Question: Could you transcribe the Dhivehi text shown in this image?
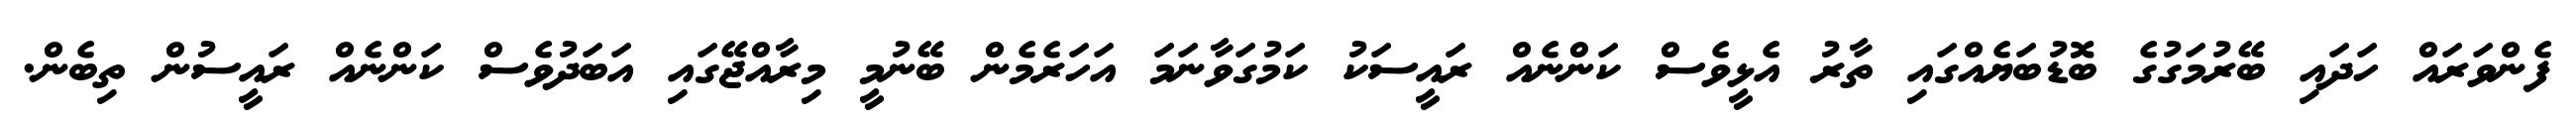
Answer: ފެންވަރައް ހަދައި ބޭރުމަގުގެ ބޮޑުބަޔެއްގައި ތާރު އެޅީވެސް ކަންނެއް ރައީސަކު ކަމުގަވާނަމަ އަހަރެމެން ބޭނުމީ މިރާއްޖޭގައި އަބަދުވެސް ކަންނެއް ރައީސުން ތިބެން.